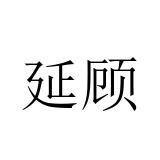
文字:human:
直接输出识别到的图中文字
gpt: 延顾